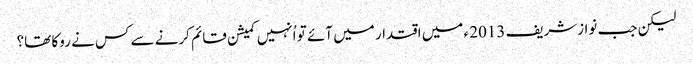
لیکن جب نوازشریف 2013 ء میں اقتدار میں آئے تو اُنہیں کمیشن قائم کرنے سے کس نے روکا تھا؟